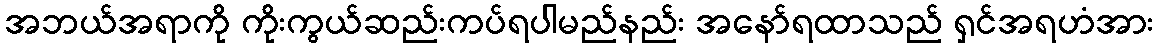
အဘယ်အရာကို ကိုးကွယ်ဆည်းကပ်ရပါမည်နည်း အနော်ရထာသည် ရှင်အရဟံအား